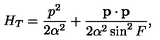
H _ { T } = \frac { p ^ { 2 } } { 2 \alpha ^ { 2 } } + \frac { { \bf p \cdot p } } { 2 \alpha ^ { 2 } \sin ^ { 2 } F } ,